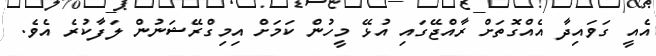
އެއީ ގަވައިދާ އެއްގޮތަށް ރާއްޖޭގައި އުޅޭ މީހުން ކަމަށް އިމިގްރޭޝަނުން ލަފާކުރެ އެވެ.